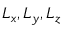
L _ { x } , L _ { y } , L _ { z }